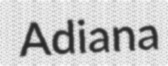
Adiana